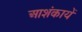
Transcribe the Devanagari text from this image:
आशंकायें